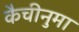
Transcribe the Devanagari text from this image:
कैचीनुमा